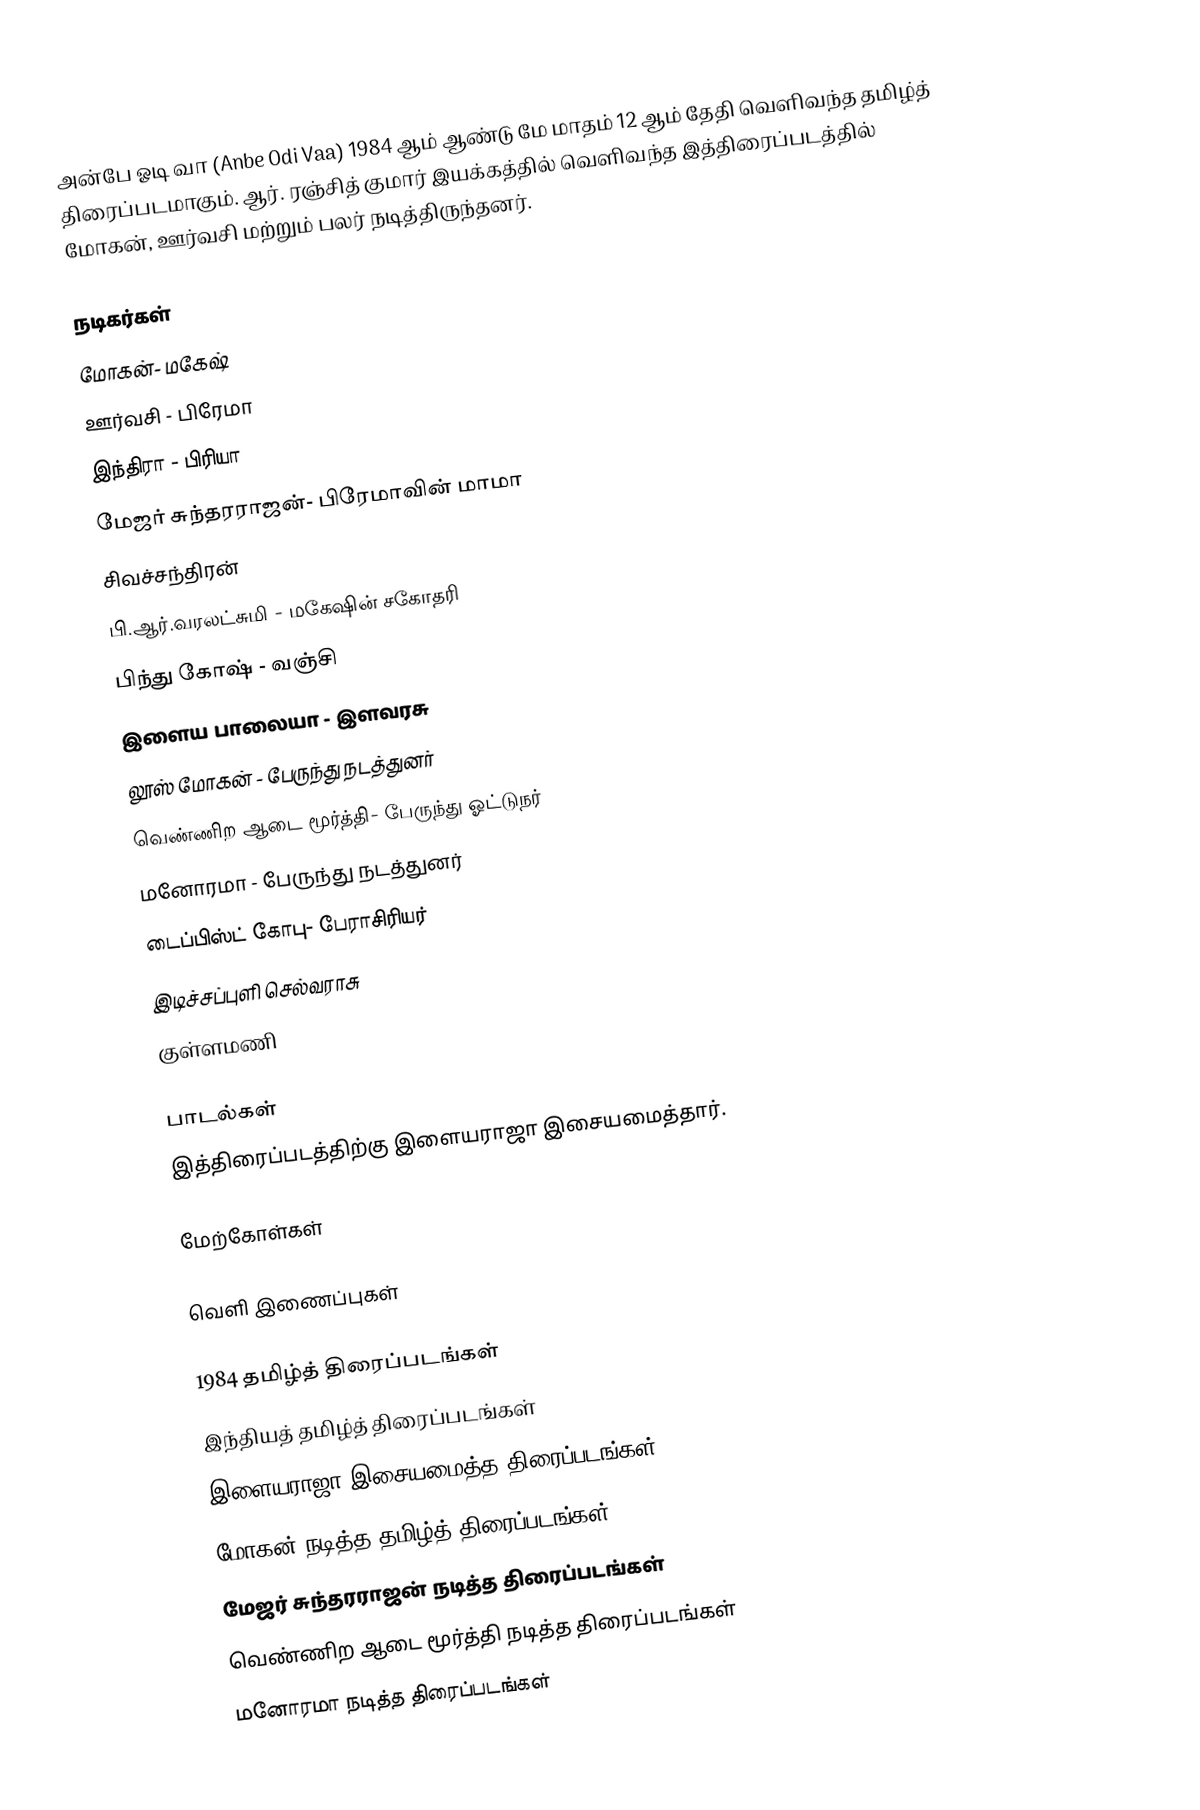
அன்பே ஓடி வா (Anbe Odi Vaa) 1984 ஆம் ஆண்டு மே மாதம் 12 ஆம் தேதி வெளிவந்த தமிழ்த் திரைப்படமாகும். ஆர். ரஞ்சித் குமார் இயக்கத்தில் வெளிவந்த இத்திரைப்படத்தில் மோகன், ஊர்வசி மற்றும் பலர் நடித்திருந்தனர்.

நடிகர்கள்
 மோகன்- மகேஷ்
 ஊர்வசி - பிரேமா
 இந்திரா - பிரியா
 மேஜர் சுந்தரராஜன்- பிரேமாவின் மாமா
 சிவச்சந்திரன்
 பி.ஆர்.வரலட்சுமி - மகேஷின் சகோதரி
 பிந்து கோஷ் - வஞ்சி
 இளைய பாலையா - இளவரசு
 லூஸ் மோகன் - பேருந்து நடத்துனர்
 வெண்ணிற ஆடை மூர்த்தி- பேருந்து ஓட்டுநர்
 மனோரமா - பேருந்து நடத்துனர்
 டைப்பிஸ்ட் கோபு- பேராசிரியர்
 இடிச்சப்புளி செல்வராசு
 குள்ளமணி

பாடல்கள்
இத்திரைப்படத்திற்கு இளையராஜா இசையமைத்தார்.

மேற்கோள்கள்

வெளி இணைப்புகள்

1984 தமிழ்த் திரைப்படங்கள்
இந்தியத் தமிழ்த் திரைப்படங்கள்
இளையராஜா இசையமைத்த திரைப்படங்கள்
மோகன் நடித்த தமிழ்த் திரைப்படங்கள்
மேஜர் சுந்தரராஜன் நடித்த திரைப்படங்கள்
வெண்ணிற ஆடை மூர்த்தி நடித்த திரைப்படங்கள்
மனோரமா நடித்த திரைப்படங்கள்